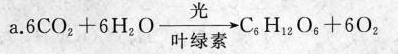
a.$$6 C O _ { 2 } + 6 H _ { 2 } O \frac{}{n+}\rightarrow C _ 6 } H _ { 12 } O _ { 6 } + 6 O _ { 2 }$$